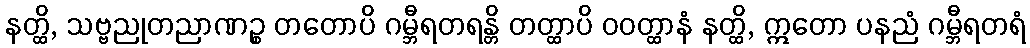
နတ္ထိ, သဗ္ဗညုတညာဏဉ္စ တတောပိ ဂမ္ဘီရတရန္တိ တတ္ထာပိ ဝဝတ္ထာနံ နတ္ထိ, ဣတော ပနညံ ဂမ္ဘီရတရံ